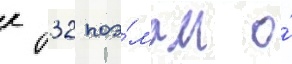
к 32 поэ́мам о́